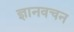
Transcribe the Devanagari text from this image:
ज्ञानवचन